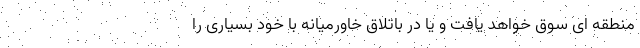
منطقه ای سوق خواهد یافت و یا در باتلاق خاورمیانه با خود بسیاری را